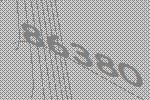
86380